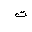
Letter: _ta